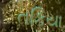
તકિયા